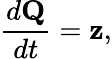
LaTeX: \frac{d\mathbf{Q}}{dt}=\mathbf{z},